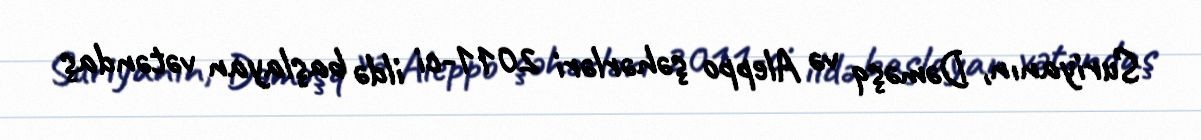
Suriyanın, Dəməşq və Aleppo şəhərləri 2011-ci ildə başlayan vətəndaş